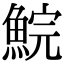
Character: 鯇